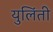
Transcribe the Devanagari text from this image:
युलिंती